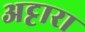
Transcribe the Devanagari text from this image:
अट्टारा